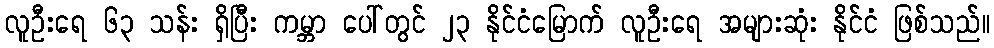
လူဦးရေ ၆၃ သန်း ရှိပြီး ကမ္ဘာ ပေါ်တွင် ၂၃ နိုင်ငံမြောက် လူဦးရေ အများဆုံး နိုင်ငံ ဖြစ်သည်။